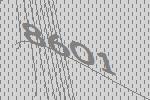
8601